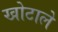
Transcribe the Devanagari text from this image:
खोटाले